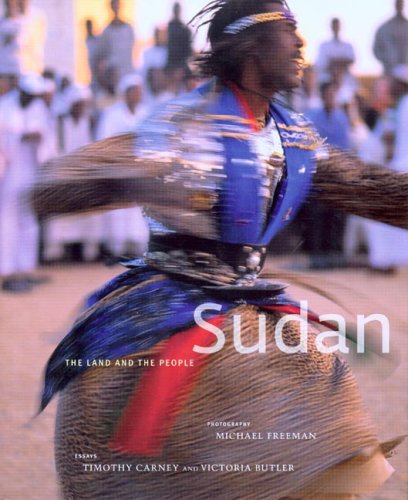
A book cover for Sudan: The Land and the People; Timothy Carney; History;